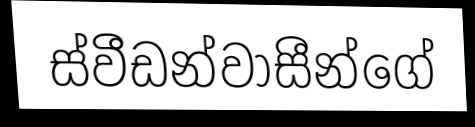
ස්වීඩන්වාසීන්ගේ